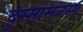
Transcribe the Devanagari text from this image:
दुस्सामंजस्य